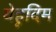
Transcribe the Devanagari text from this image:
येहूदिम